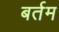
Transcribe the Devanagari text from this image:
बर्तम